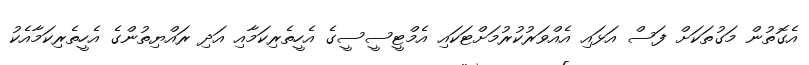
އެގޮތުން މަގުތަކަށް ފަސް އަޅައި އެއްވަރުކުރުމަށްޓަކައި އެމްޓީސީސީގެ އެހީތެރިކަމާއި އަދި ރައްޔިތުންގެ އެހީތެރިކަމާއެކު